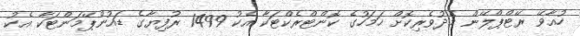
ހުއާވޭ ރޭޓްޕްލޭން މެދުވެރިކޮށް ހަމަހުގެ ކޮންޓްރެކްޓަކާ އެކު 1499 ރުފިޔާގެ ޑައުންޕޭމަންޓަކާ އެކު